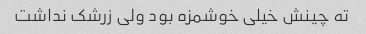
ته چینش خیلی خوشمزه بود ولی زرشک نداشت